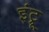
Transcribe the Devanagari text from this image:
इंट्रू